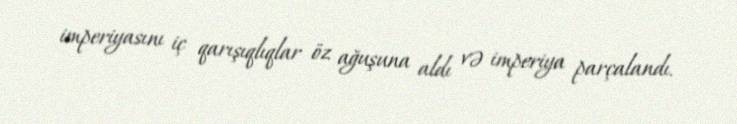
imperiyasını iç qarışıqlıqlar öz ağuşuna aldı və imperiya parçalandı.